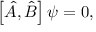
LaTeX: \left[ { \hat { A } } , { \hat { B } } \right] \psi = 0 ,